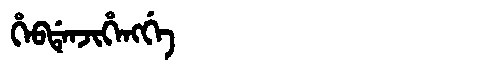
Manchu: ᡥᡝᠪᡩᡝᠨᠵᡳᡥᡝᠩᡤᡝ
Romanization: HEBDENJIHENGGE